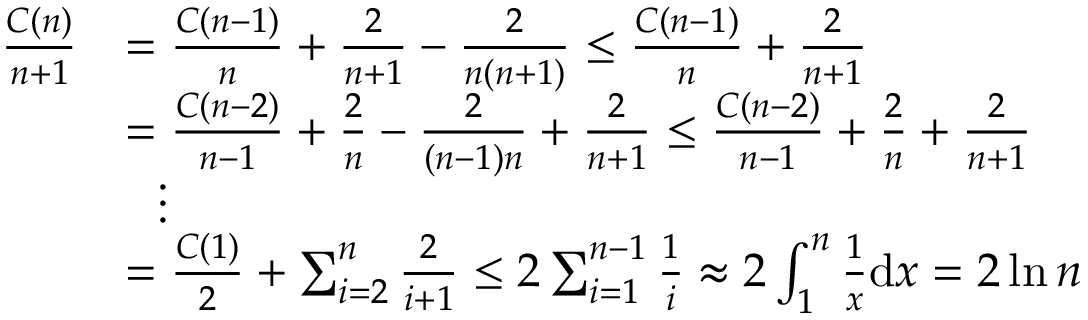
{ \begin{array} { r l } { { \frac { C ( n ) } { n + 1 } } } & { = { \frac { C ( n - 1 ) } { n } } + { \frac { 2 } { n + 1 } } - { \frac { 2 } { n ( n + 1 ) } } \leq { \frac { C ( n - 1 ) } { n } } + { \frac { 2 } { n + 1 } } } \\ & { = { \frac { C ( n - 2 ) } { n - 1 } } + { \frac { 2 } { n } } - { \frac { 2 } { ( n - 1 ) n } } + { \frac { 2 } { n + 1 } } \leq { \frac { C ( n - 2 ) } { n - 1 } } + { \frac { 2 } { n } } + { \frac { 2 } { n + 1 } } } \\ & { \ \ \vdots } \\ & { = { \frac { C ( 1 ) } { 2 } } + \sum _ { i = 2 } ^ { n } { \frac { 2 } { i + 1 } } \leq 2 \sum _ { i = 1 } ^ { n - 1 } { \frac { 1 } { i } } \approx 2 \int _ { 1 } ^ { n } { \frac { 1 } { x } } \mathrm { d } x = 2 \ln n } \end{array} }